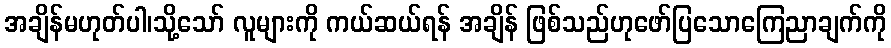
အချိန်မဟုတ်ပါ၊သို့သော် လူများကို ကယ်ဆယ်ရန် အချိန် ဖြစ်သည်ဟုဖော်ပြသောကြေညာချက်ကို